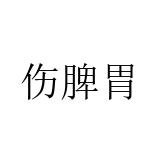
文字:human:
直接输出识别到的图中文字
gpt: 伤脾胃